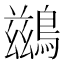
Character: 鷀